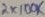
Text: 2X100K